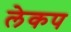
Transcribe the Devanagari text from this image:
लेकप